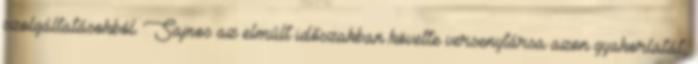
szolgáltatásokból. Sajnos az elmúlt időszakban követte versenytársa azon gyakorlatát,